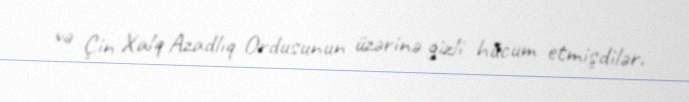
və Çin Xalq Azadlıq Ordusunun üzərinə gizli hücum etmişdilər.